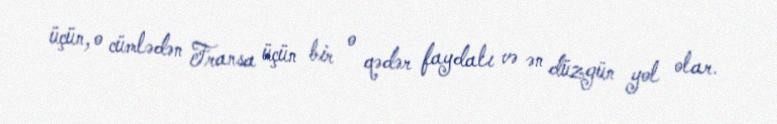
üçün, o cümlədən Fransa üçün bir o qədər faydalı və ən düzgün yol olar.